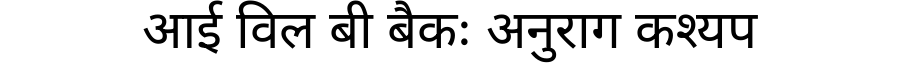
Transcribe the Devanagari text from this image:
आई विल बी बैकः अनुराग कश्यप